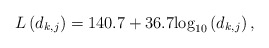
\begin{align*}L\left(d_{k,j}\right)=140.7 + 36.7{\log _{10}}\left( {{d_{{{k,j}}}}} \right),\end{align*}